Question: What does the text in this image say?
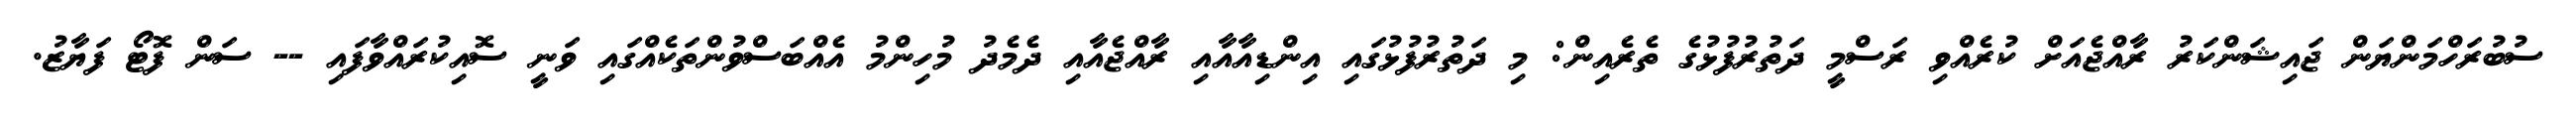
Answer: ސުބުރަހްމަންޔަން ޖައިޝަންކަރު ރާއްޖެއަށް ކުރެއްވި ރަސްމީ ދަތުރުފުޅުގެ ތެރެއިން: މި ދަތުރުފުޅުގައި އިންޑިއާއާއި ރާއްޖެއާއި ދެމެދު މުހިންމު އެއްބަސްވުންތަކެއްގައި ވަނީ ސޮއިކުރައްވާފައި -- ސަން ފޮޓޯ ފަޔާޒު.